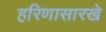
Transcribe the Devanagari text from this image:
हरिणासारखे